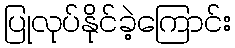
ပြုလုပ်နိုင်ခဲ့ကြောင်း